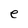
Character: e